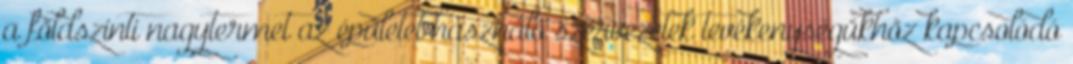
a földszinti nagytermet az épületet használó szervezetek tevékenységükhöz kapcsolódó